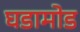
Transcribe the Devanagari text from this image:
घडामोड